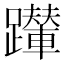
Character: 𨇍